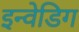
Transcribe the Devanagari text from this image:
इन्वेडिग